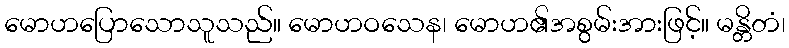
မောဟပြောသောသူသည်။ မောဟဝသေန၊ မောဟ၏အစွမ်းအားဖြင့်။ မန္တိတံ၊